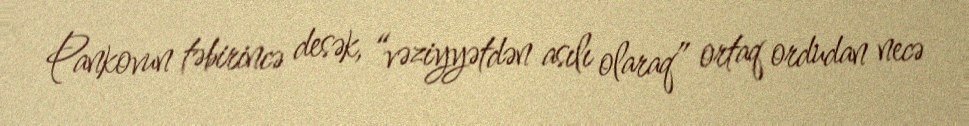
Pankovun təbirincə desək, “vəziyyətdən asılı olaraq” ortaq ordudan necə